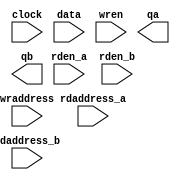
// megafunction wizard: %RAM: 3-PORT%VBB%
// GENERATION: STANDARD
// VERSION: WM1.0
// MODULE: alt3pram 

// ============================================================
// Megafunction Name(s):
// 			alt3pram
//
// Simulation Library Files(s):
// 			altera_mf
// ============================================================
// ************************************************************
// THIS IS A WIZARD-GENERATED FILE. DO NOT EDIT THIS FILE!
//
// 9.0 Build 132 02/25/2009 SJ Web Edition
// ************************************************************

//Copyright (C) 1991-2009 Altera Corporation
//Your use of Altera Corporation's design tools, logic functions 
//and other software and tools, and its AMPP partner logic 
//functions, and any output files from any of the foregoing 
//(including device programming or simulation files), and any 
//associated documentation or information are expressly subject 
//to the terms and conditions of the Altera Program License 
//Subscription Agreement, Altera MegaCore Function License 
//Agreement, or other applicable license agreement, including, 
//without limitation, that your use is for the sole purpose of 
//programming logic devices manufactured by Altera and sold by 
//Altera or its authorized distributors.  Please refer to the 
//applicable agreement for further details.

module regs_8bit (
	clock,
	data,
	rdaddress_a,
	rdaddress_b,
	rden_a,
	rden_b,
	wraddress,
	wren,
	qa,
	qb);

	input	  clock;
	input	[7:0]  data;
	input	[4:0]  rdaddress_a;
	input	[4:0]  rdaddress_b;
	input	  rden_a;
	input	  rden_b;
	input	[4:0]  wraddress;
	input	  wren;
	output	[7:0]  qa;
	output	[7:0]  qb;
`ifndef ALTERA_RESERVED_QIS
// synopsys translate_off
`endif
	tri1	  rden_a;
	tri1	  rden_b;
	tri1	  wren;
`ifndef ALTERA_RESERVED_QIS
// synopsys translate_on
`endif

endmodule

// ============================================================
// CNX file retrieval info
// ============================================================
// Retrieval info: PRIVATE: BlankMemory NUMERIC "0"
// Retrieval info: PRIVATE: CLRdata NUMERIC "1"
// Retrieval info: PRIVATE: CLRqa NUMERIC "1"
// Retrieval info: PRIVATE: CLRqb NUMERIC "1"
// Retrieval info: PRIVATE: CLRrdaddress_a NUMERIC "1"
// Retrieval info: PRIVATE: CLRrdaddress_b NUMERIC "1"
// Retrieval info: PRIVATE: CLRrren_a NUMERIC "1"
// Retrieval info: PRIVATE: CLRrren_b NUMERIC "1"
// Retrieval info: PRIVATE: CLRwrite NUMERIC "1"
// Retrieval info: PRIVATE: Clock NUMERIC "0"
// Retrieval info: PRIVATE: INIT_FILE_LAYOUT STRING "PORT_A"
// Retrieval info: PRIVATE: INIT_TO_SIM_X NUMERIC "0"
// Retrieval info: PRIVATE: INTENDED_DEVICE_FAMILY STRING "Stratix II"
// Retrieval info: PRIVATE: JTAG_ENABLED NUMERIC "0"
// Retrieval info: PRIVATE: JTAG_ID STRING "NONE"
// Retrieval info: PRIVATE: MAXIMUM_DEPTH NUMERIC "0"
// Retrieval info: PRIVATE: MIFfilename STRING "registers1.mif"
// Retrieval info: PRIVATE: RAM_BLOCK_TYPE NUMERIC "2"
// Retrieval info: PRIVATE: REGdata NUMERIC "1"
// Retrieval info: PRIVATE: REGqa NUMERIC "0"
// Retrieval info: PRIVATE: REGqb NUMERIC "0"
// Retrieval info: PRIVATE: REGrdaddress_a NUMERIC "1"
// Retrieval info: PRIVATE: REGrdaddress_b NUMERIC "1"
// Retrieval info: PRIVATE: REGrren_a NUMERIC "1"
// Retrieval info: PRIVATE: REGrren_b NUMERIC "1"
// Retrieval info: PRIVATE: REGwrite NUMERIC "1"
// Retrieval info: PRIVATE: SYNTH_WRAPPER_GEN_POSTFIX STRING "0"
// Retrieval info: PRIVATE: WidthAddr NUMERIC "5"
// Retrieval info: PRIVATE: WidthData NUMERIC "8"
// Retrieval info: PRIVATE: enable NUMERIC "0"
// Retrieval info: PRIVATE: rden_a NUMERIC "1"
// Retrieval info: PRIVATE: rden_b NUMERIC "1"
// Retrieval info: CONSTANT: INDATA_ACLR STRING "OFF"
// Retrieval info: CONSTANT: INDATA_REG STRING "INCLOCK"
// Retrieval info: CONSTANT: INTENDED_DEVICE_FAMILY STRING "Stratix II"
// Retrieval info: CONSTANT: LPM_FILE STRING "registers1.mif"
// Retrieval info: CONSTANT: LPM_TYPE STRING "alt3pram"
// Retrieval info: CONSTANT: OUTDATA_ACLR_A STRING "OFF"
// Retrieval info: CONSTANT: OUTDATA_ACLR_B STRING "OFF"
// Retrieval info: CONSTANT: OUTDATA_REG_A STRING "UNREGISTERED"
// Retrieval info: CONSTANT: OUTDATA_REG_B STRING "UNREGISTERED"
// Retrieval info: CONSTANT: RAM_BLOCK_TYPE STRING "M4K"
// Retrieval info: CONSTANT: RDADDRESS_ACLR_A STRING "OFF"
// Retrieval info: CONSTANT: RDADDRESS_ACLR_B STRING "OFF"
// Retrieval info: CONSTANT: RDADDRESS_REG_A STRING "INCLOCK"
// Retrieval info: CONSTANT: RDADDRESS_REG_B STRING "INCLOCK"
// Retrieval info: CONSTANT: RDCONTROL_ACLR_A STRING "OFF"
// Retrieval info: CONSTANT: RDCONTROL_ACLR_B STRING "OFF"
// Retrieval info: CONSTANT: RDCONTROL_REG_A STRING "INCLOCK"
// Retrieval info: CONSTANT: RDCONTROL_REG_B STRING "INCLOCK"
// Retrieval info: CONSTANT: WIDTH NUMERIC "8"
// Retrieval info: CONSTANT: WIDTHAD NUMERIC "5"
// Retrieval info: CONSTANT: WRITE_ACLR STRING "OFF"
// Retrieval info: CONSTANT: WRITE_REG STRING "INCLOCK"
// Retrieval info: USED_PORT: clock 0 0 0 0 INPUT NODEFVAL clock
// Retrieval info: USED_PORT: data 0 0 8 0 INPUT NODEFVAL data[7..0]
// Retrieval info: USED_PORT: qa 0 0 8 0 OUTPUT NODEFVAL qa[7..0]
// Retrieval info: USED_PORT: qb 0 0 8 0 OUTPUT NODEFVAL qb[7..0]
// Retrieval info: USED_PORT: rdaddress_a 0 0 5 0 INPUT NODEFVAL rdaddress_a[4..0]
// Retrieval info: USED_PORT: rdaddress_b 0 0 5 0 INPUT NODEFVAL rdaddress_b[4..0]
// Retrieval info: USED_PORT: rden_a 0 0 0 0 INPUT VCC rden_a
// Retrieval info: USED_PORT: rden_b 0 0 0 0 INPUT VCC rden_b
// Retrieval info: USED_PORT: wraddress 0 0 5 0 INPUT NODEFVAL wraddress[4..0]
// Retrieval info: USED_PORT: wren 0 0 0 0 INPUT VCC wren
// Retrieval info: CONNECT: @data 0 0 8 0 data 0 0 8 0
// Retrieval info: CONNECT: qa 0 0 8 0 @qa 0 0 8 0
// Retrieval info: CONNECT: qb 0 0 8 0 @qb 0 0 8 0
// Retrieval info: CONNECT: @wraddress 0 0 5 0 wraddress 0 0 5 0
// Retrieval info: CONNECT: @rdaddress_a 0 0 5 0 rdaddress_a 0 0 5 0
// Retrieval info: CONNECT: @rdaddress_b 0 0 5 0 rdaddress_b 0 0 5 0
// Retrieval info: CONNECT: @wren 0 0 0 0 wren 0 0 0 0
// Retrieval info: CONNECT: @rden_a 0 0 0 0 rden_a 0 0 0 0
// Retrieval info: CONNECT: @rden_b 0 0 0 0 rden_b 0 0 0 0
// Retrieval info: CONNECT: @inclock 0 0 0 0 clock 0 0 0 0
// Retrieval info: LIBRARY: altera_mf altera_mf.altera_mf_components.all
// Retrieval info: GEN_FILE: TYPE_NORMAL regs_8bit.v TRUE
// Retrieval info: GEN_FILE: TYPE_NORMAL regs_8bit.inc TRUE
// Retrieval info: GEN_FILE: TYPE_NORMAL regs_8bit.cmp FALSE
// Retrieval info: GEN_FILE: TYPE_NORMAL regs_8bit.bsf TRUE FALSE
// Retrieval info: GEN_FILE: TYPE_NORMAL regs_8bit_inst.v FALSE
// Retrieval info: GEN_FILE: TYPE_NORMAL regs_8bit_bb.v TRUE
// Retrieval info: LIB_FILE: altera_mf